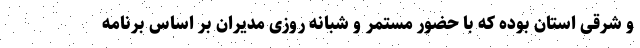
و شرقی استان بوده که با حضور مستمر و شبانه روزی مدیران بر اساس برنامه